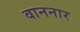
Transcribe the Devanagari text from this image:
वाननार